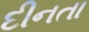
દીનતા